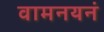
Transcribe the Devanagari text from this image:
वामनयनं